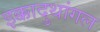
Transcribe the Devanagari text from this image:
इक्कादुथांगल